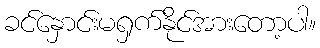
ခင်နှောင်းမရှက်နိုင်အားတော့ပါ။